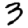
Digit: 3